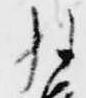
経